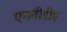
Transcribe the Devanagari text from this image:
एनवीडीए